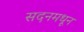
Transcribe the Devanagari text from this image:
सदनमधून